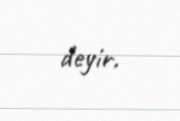
deyir.